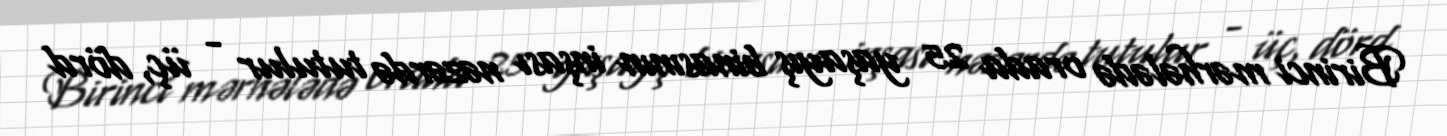
Birinci mərhələdə orada 25 yaşayış binasının inşası nəzərdə tutulur - üç, dörd